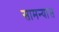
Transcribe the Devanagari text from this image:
सामन्यास